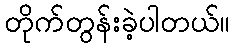
တိုက်တွန်းခဲ့ပါတယ်။